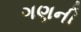
ગણની